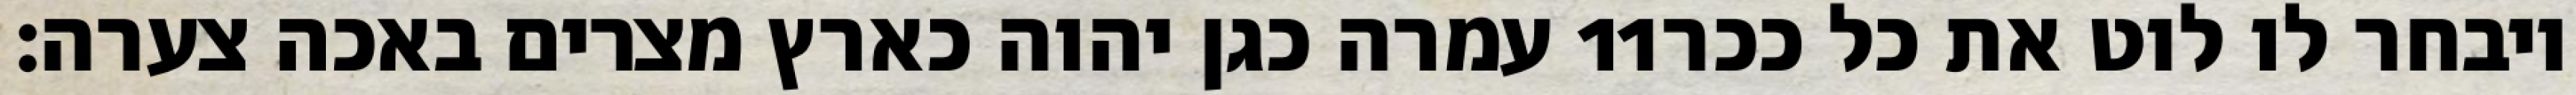
עמרה כגן יהוה כארץ מצרים באכה צערה׃ ‎11‏ ויבחר לו לוט את כל ככר